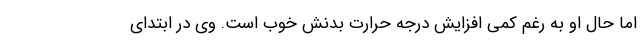
اما حال او به رغم کمی افزایش درجه حرارت بدنش خوب است. وی در ابتدای